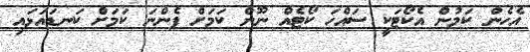
އެހެން ކަމުން އެކޯޓަކީ ސައްހަ ކޯޓެއް ނޫން ކަމަށް ފެންނަ ކަމަށް ކަނޑައަޅައި